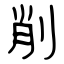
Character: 削